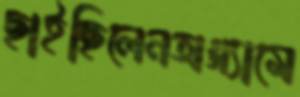
ছাইছিলেনঅগ্গ্যামে